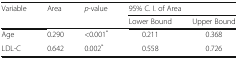
| <ROWSPAN=2> Variable | <ROWSPAN=2> Area | <ROWSPAN=2> p-value | <COLSPAN=2> 95% C. I. of Area |
 | Lower Bound | Upper Bound |
 | --- | --- | --- | --- | --- |
 | Age | 0.290 | <0.001* | 0.211 | 0.368 |
 | LDL-C | 0.642 | 0.002* | 0.558 | 0.726 |